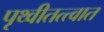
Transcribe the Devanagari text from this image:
पृथ्वीतत्त्वात